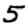
Digit: 5